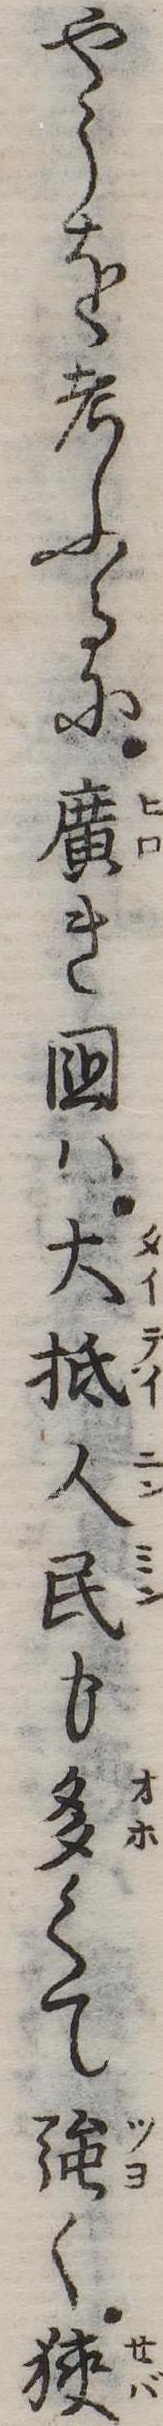
やうを考ふるに広き国は大抵人民も多くて強く狭